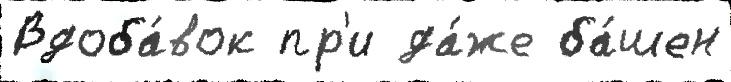
Вдоба́вок пр'и да́же ба́шен